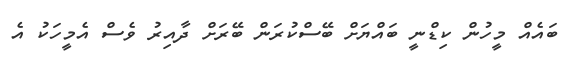
ބައެއް މީހުން ކިޑްނީ ބައްޔަށް ބޭސްކުރަން ބޭރަށް ދާއިރު ވެސް އެމީހަކު އެ